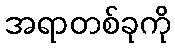
အရာတစ်ခုကို